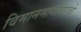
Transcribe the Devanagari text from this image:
विमानमार्गांवरचे